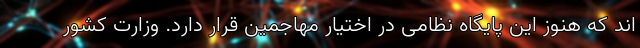
اند که هنوز این پایگاه نظامی در اختیار مهاجمین قرار دارد. وزارت کشور